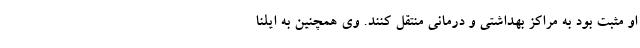
او مثبت بود به مراکز بهداشتی و درمانی منتقل کنند. وی همچنین به ایلنا